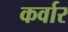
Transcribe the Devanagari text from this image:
कर्वार